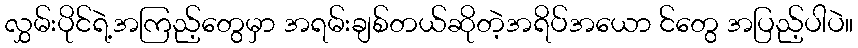
လွှမ်းပိုင်ရဲ့အကြည့်တွေမှာ အရမ်းချစ်တယ်ဆိုတဲ့အရိပ်အယော င်တွေ အပြည့်ပါပဲ။